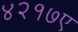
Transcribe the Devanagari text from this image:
४२१७ए